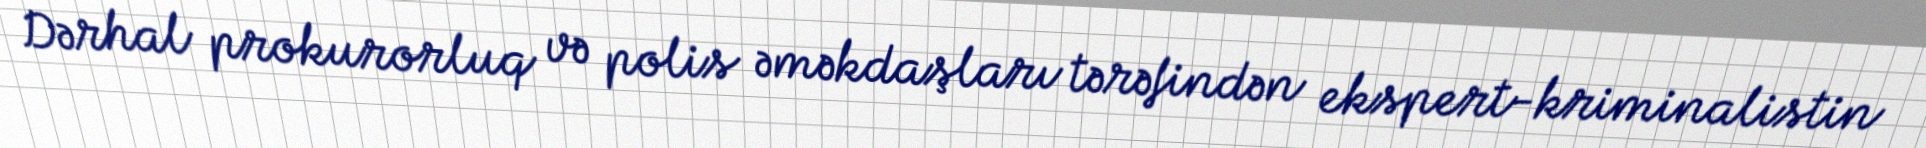
Dərhal prokurorluq və polis əməkdaşları tərəfindən ekspert-kriminalistin